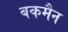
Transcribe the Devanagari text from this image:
बकमैन